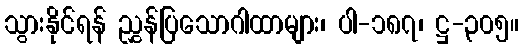
သွားနိုင်ရန် ညွှန်ပြသောဂါထာများ၊ ပါ-၁၈၇၊ ဋ္ဌ-၃၀၅။